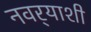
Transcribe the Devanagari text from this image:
नवर्‍याशी